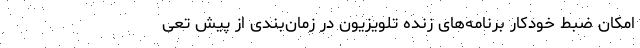
امکان ضبط خودکار برنامه‌های زنده تلویزیون در زمان‌بندی از پیش تعی